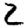
Digit: 2